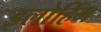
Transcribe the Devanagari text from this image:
इलोहिम